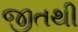
જીતથી